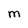
Character: m